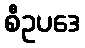
စီဥပဒေ